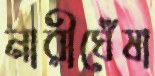
নারীঘেঁষা